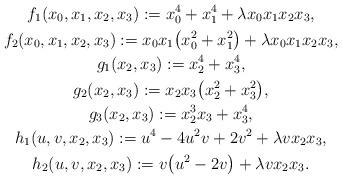
LaTeX: \begin{gather*} f_1(x_0,x_1,x_2,x_3):=x_0^4+x_1^4+\lambda x_0x_1x_2x_3,\\ f_2(x_0,x_1,x_2,x_3):=x_0x_1\big(x_0^2+x_1^2\big)+\lambda x_0x_1x_2x_3 ,\\ g_1(x_2,x_3):=x_2^4+x_3^4, \\ g_2(x_2,x_3):=x_2x_3\big(x_2^2+x_3^2\big), \\ g_3(x_2,x_3):=x_2^3x_3+x_3^4,\\h_1(u,v,x_2,x_3):=u^4-4u^2v+2v^2+\lambda vx_2x_3,\\h_2(u,v,x_2,x_3):=v\big(u^2-2v\big)+\lambda vx_2x_3.\end{gather*}